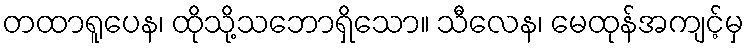
တထာရူပေန၊ ထိုသို့သဘောရှိသော။ သီလေန၊ မေထုန်အကျင့်မှ